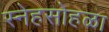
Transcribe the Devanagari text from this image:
स्नेहसोहळा